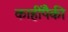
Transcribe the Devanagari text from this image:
काहींपैकी